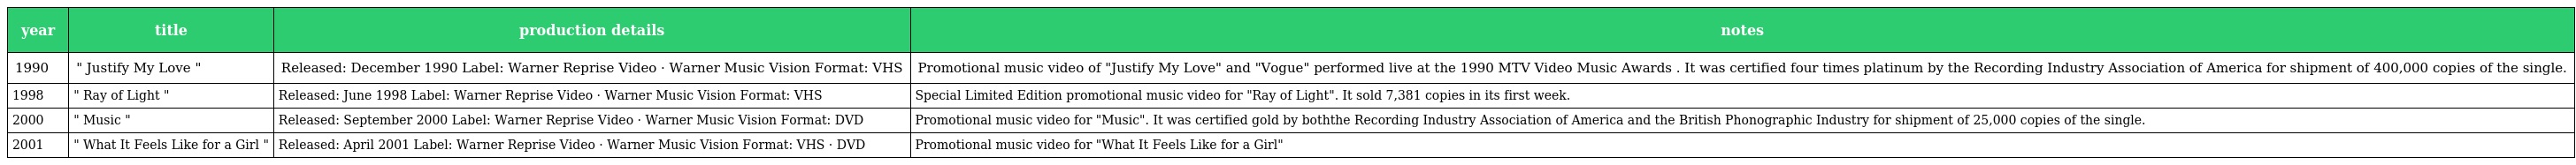
| year | title | production details | notes |
 | --- | --- | --- | --- |
 | 1990 | " Justify My Love " | Released: December 1990 Label: Warner Reprise Video · Warner Music Vision Format: VHS | Promotional music video of "Justify My Love" and "Vogue" performed live at the 1990 MTV Video Music Awards . It was certified four times platinum by the Recording Industry Association of America for shipment of 400,000 copies of the single. |
 | 1998 | " Ray of Light " | Released: June 1998 Label: Warner Reprise Video · Warner Music Vision Format: VHS | Special Limited Edition promotional music video for "Ray of Light". It sold 7,381 copies in its first week. |
 | 2000 | " Music " | Released: September 2000 Label: Warner Reprise Video · Warner Music Vision Format: DVD | Promotional music video for "Music". It was certified gold by boththe Recording Industry Association of America and the British Phonographic Industry for shipment of 25,000 copies of the single. |
 | 2001 | " What It Feels Like for a Girl " | Released: April 2001 Label: Warner Reprise Video · Warner Music Vision Format: VHS · DVD | Promotional music video for "What It Feels Like for a Girl" |